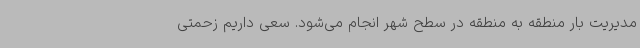
مدیریت بار منطقه به منطقه در سطح شهر انجام می‌شود. سعی داریم زحمتی